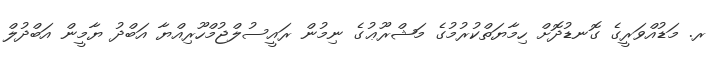
ރ. މަޑުއްވަރީގެ ގޮނޑުދޮށް ހިމާޔަތްކުރުމުގެ މަޝްރޫޢުގެ ނިމުން ރައީސުލްޖުމްހޫރިއްޔާ އަބްދު ޔާމީން އަބްދުލް